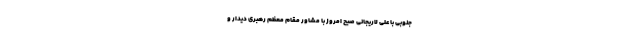
جنوبی با علی لاریجانی صبح امروز با مشاور مقام معظم رهبری دیدار و